Report of the Indian Hemp Drugs Commission, 1894-1895 - Volume I
Year: 1894
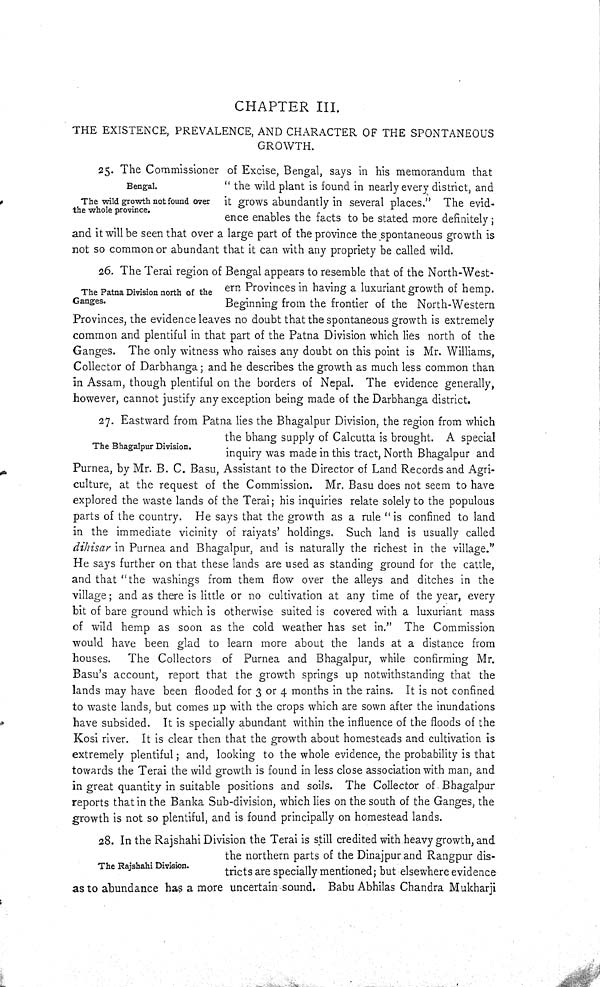
CHAPTER III.
THE EXISTENCE, PREVALENCE, AND CHARACTER OF THE SPONTANEOUS
GROWTH.
Bengal.
The wild growth not found over
the whole province.
25. The Commissioner of Excise, Bengal, says in his memorandum that
"the wild plant is found in nearly every district, and
it grows abundantly in several places." The evid-
ence enables the facts to be stated more definitely;
and it will be seen that over a large part of the province the spontaneous growth is
not so common or abundant that it can with any propriety be called wild.
The Patna Division north of the
Ganges.
26. The Terai region of Bengal appears to resemble that of the North-West-
ern Provinces in having a luxuriant growth of hemp.
Beginning from the frontier of the North-Western
Provinces, the evidence leaves no doubt that the spontaneous growth is extremely
common and plentiful in that part of the Patna Division which lies north of the
Ganges. The only witness who raises any doubt on this point is Mr. Williams,
Collector of Darbhanga; and he describes the growth as much less common than
in Assam, though plentiful on the borders of Nepal. The evidence generally,
however, cannot justify any exception being made of the Darbhanga district.
The Bhagalpur Division.
27. Eastward from Patna lies the Bhagalpur Division, the region from which
the bhang supply of Calcutta is brought. A special
inquiry was made in this tract, North Bhagalpur and
Purnea, by Mr. B. C. Basu, Assistant to the Director of Land Records and Agri-
culture, at the request of the Commission. Mr. Basu does not seem to have
explored the waste lands of the Terai; his inquiries relate solely to the populous
parts of the country. He says that the growth as a rule "is confined to land
in the immediate vicinity of raiyats' holdings. Such land is usually called
dihisar in Purnea and Bhagalpur, and is naturally the richest in the village."
He says further on that these lands are used as standing ground for the cattle,
and that "the washings from them flow over the alleys and ditches in the
village; and as there is little or no cultivation at any time of the year, every
bit of bare ground which is otherwise suited is covered with a luxuriant mass
of wild hemp as soon as the cold weather has set in." The Commission
would have been glad to learn more about the lands at a distance from
houses.
The Collectors of Purnea and Bhagalpur, while confirming Mr.
Basu's account, report that the growth springs up notwithstanding that the
lands may have been flooded for 3 or 4 months in the rains. It is not confined
to waste lands, but comes up with the crops which are sown after the inundations
have subsided. It is specially abundant within the influence of the floods of the
Kosi river. It is clear then that the growth about homesteads and cultivation is
extremely plentiful; and, looking to the whole evidence, the probability is that
towards the Terai the wild growth is found in less close association with man, and
in great quantity in suitable positions and soils. The Collector of Bhagalpur
reports that in the Banka Sub-division, which lies on the south of the Ganges, the
growth is not so plentiful, and is found principally on homestead lands.
The Rajshahi Division.
28. In the Rajshahi Division the Terai is still credited with heavy growth, and
the northern parts of the Dinajpur and Rangpur dis-
tricts are specially mentioned; but elsewhere evidence
as to abundance has a more uncertain sound. Babu Abhilas Chandra Mukharji